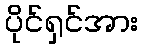
ပိုင်ရှင်အား